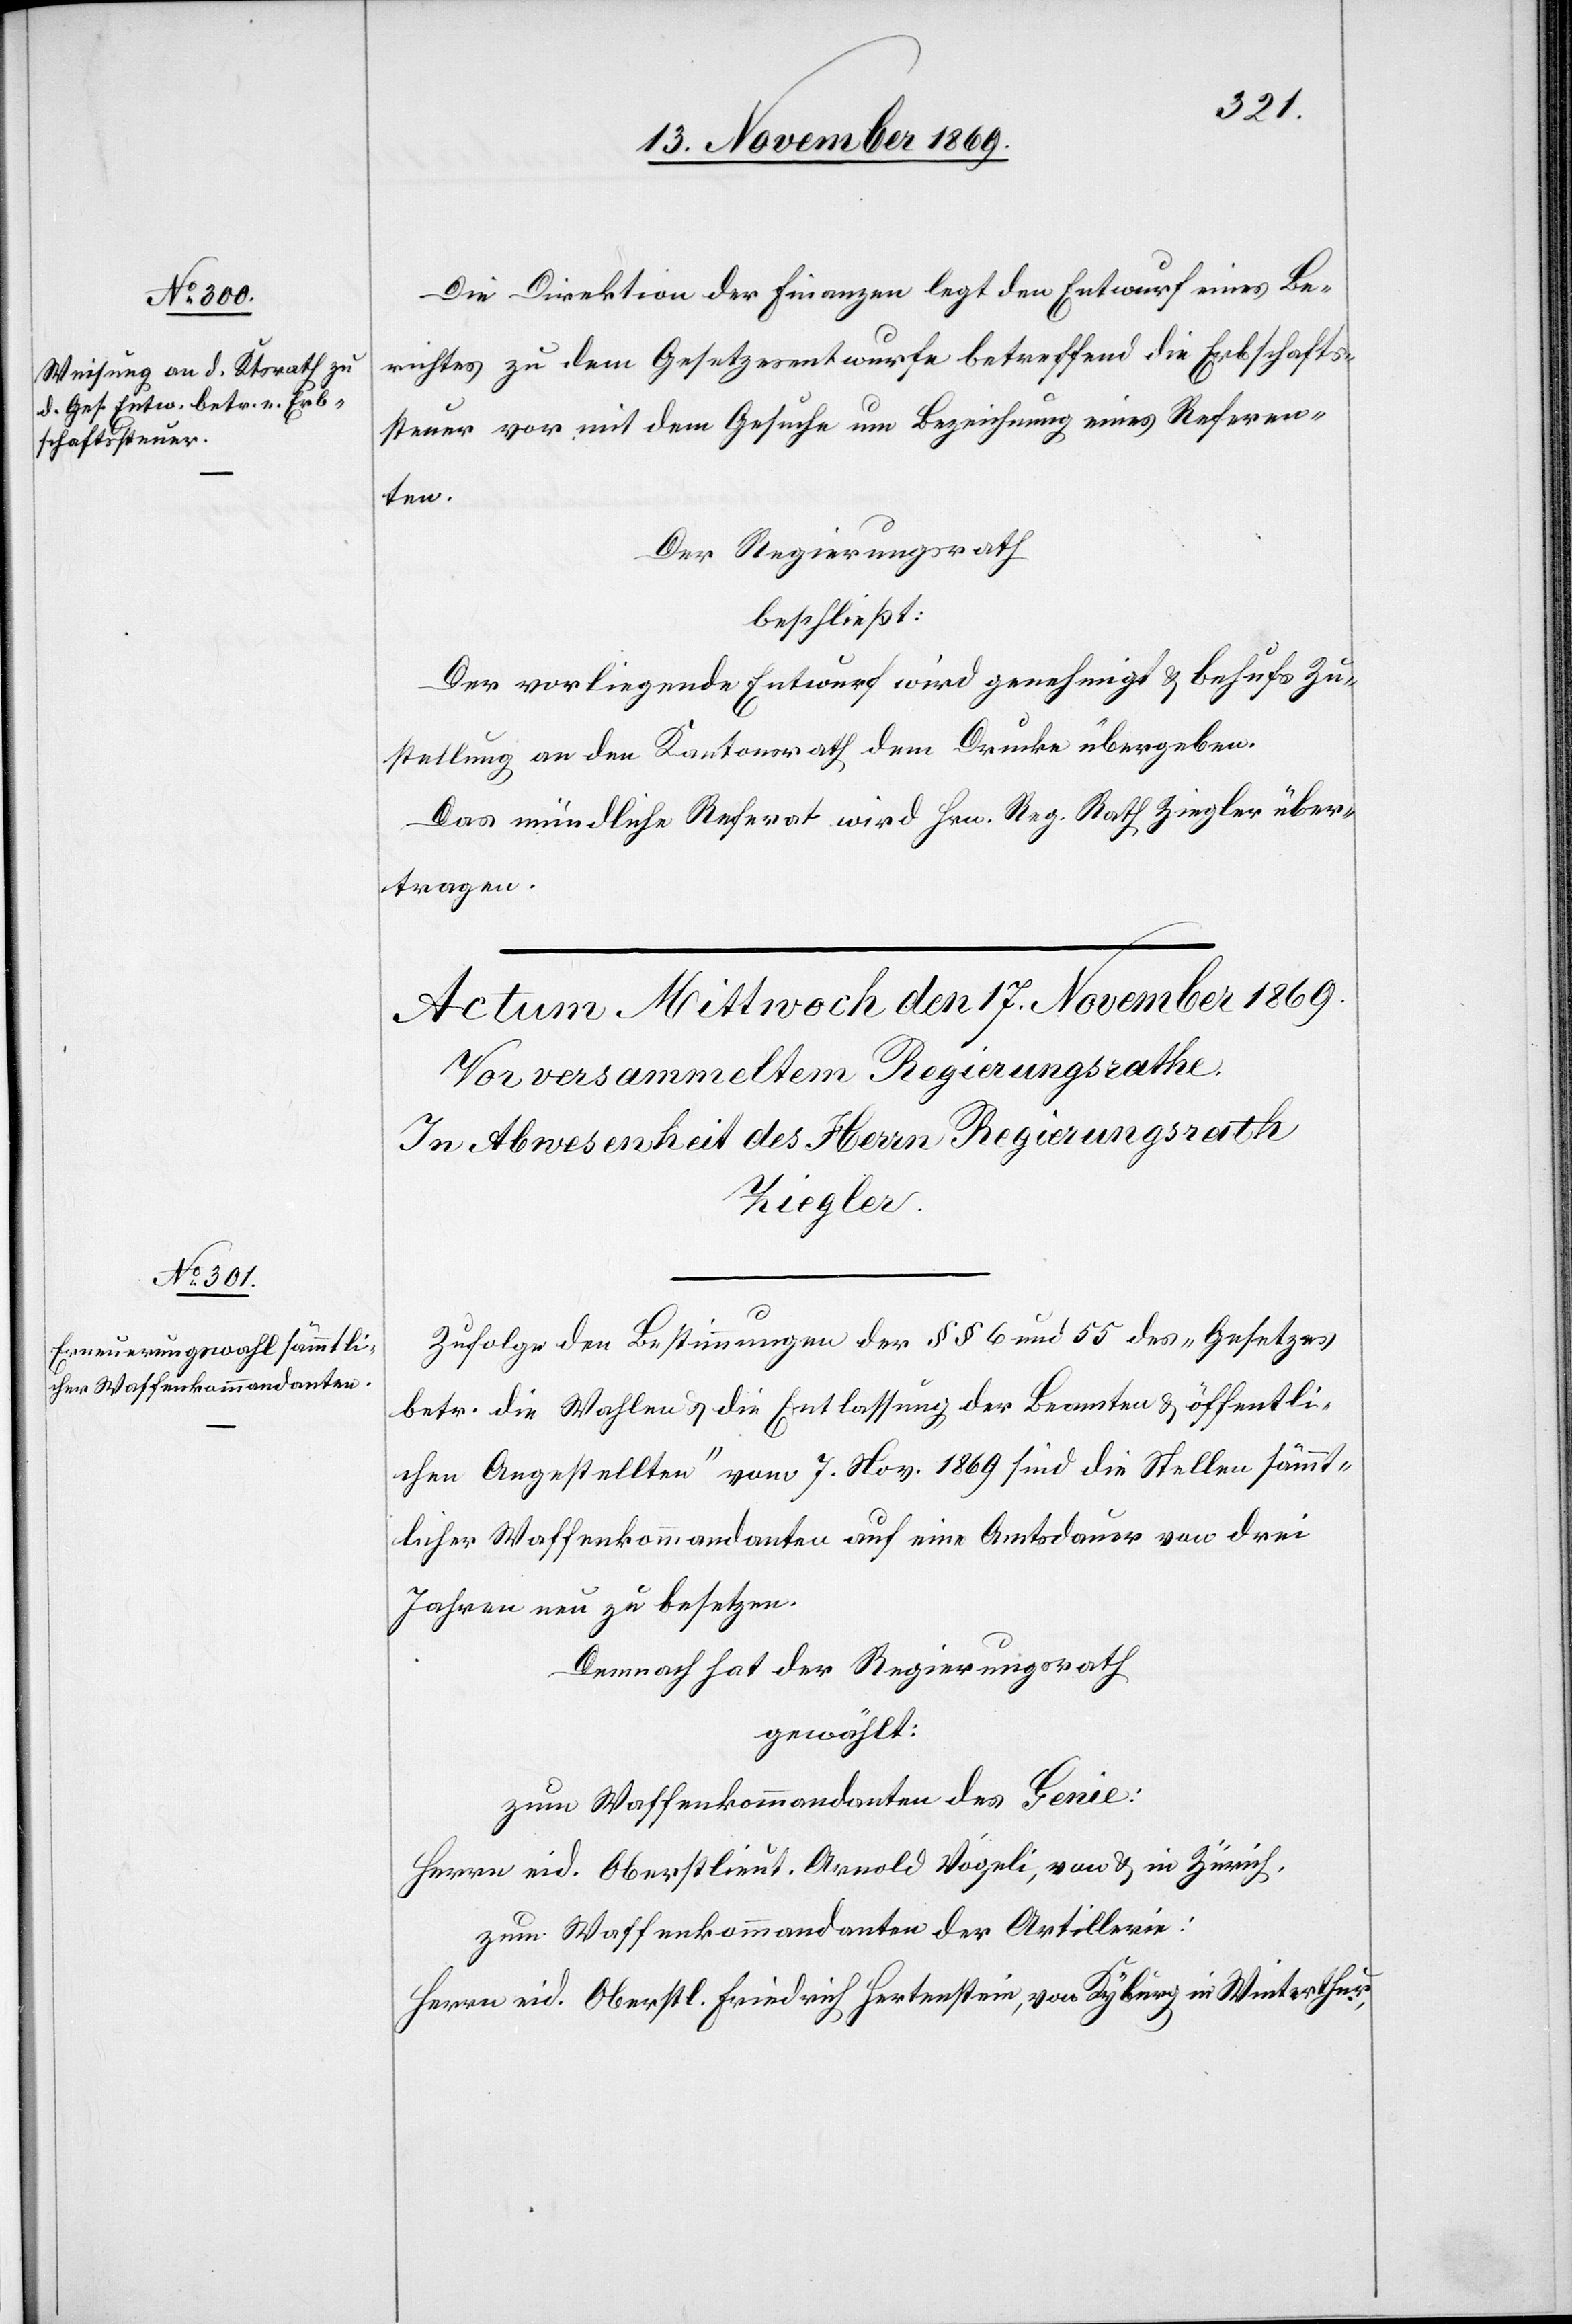
Die Direktion der Finanzen legt den Entwurf eines Be¬
richtes zu dem Gesetzesentwurfe betreffend die Erbschafts¬
steuer vor mit dem Gesuche um Bezeichnung eines Referen¬
ten.
Der Regierungsrath
beschließt:
Der vorliegende Entwurf wird genehmigt & behufs Zu¬
stellung an den Kantonsrath dem Drucke übergeben.
Das mündliche Referat wird Hrn. Reg. Rath Ziegler über¬
tragen.
Zufolge den Bestimmungen der §§ 6 und 55 des „Gesetzes
betr. die Wahlen & die Entlassung der Beamten & öffentli¬
chen Angestellten“ vom 7. Nov. 1869 sind die Stellen sämmt¬
licher Waffenkommandanten auf eine Amtsdauer von drei
Jahren neu zu besetzen.
Demnach hat der Regierungsrath
gewählt:
zum Waffenkommandanten des Genie:
Herrn eid. Oberstlieut. Arnold Vögeli, von & in Zürich,
zum Waffenkommandanten der Artillerie:
Herrn eid. Oberstl. Friedrich Hertenstein, von Kyburg in Winterthur,